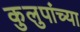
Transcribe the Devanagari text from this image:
कुलुपांच्या